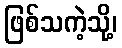
ဖြစ်သကဲ့သို့၊